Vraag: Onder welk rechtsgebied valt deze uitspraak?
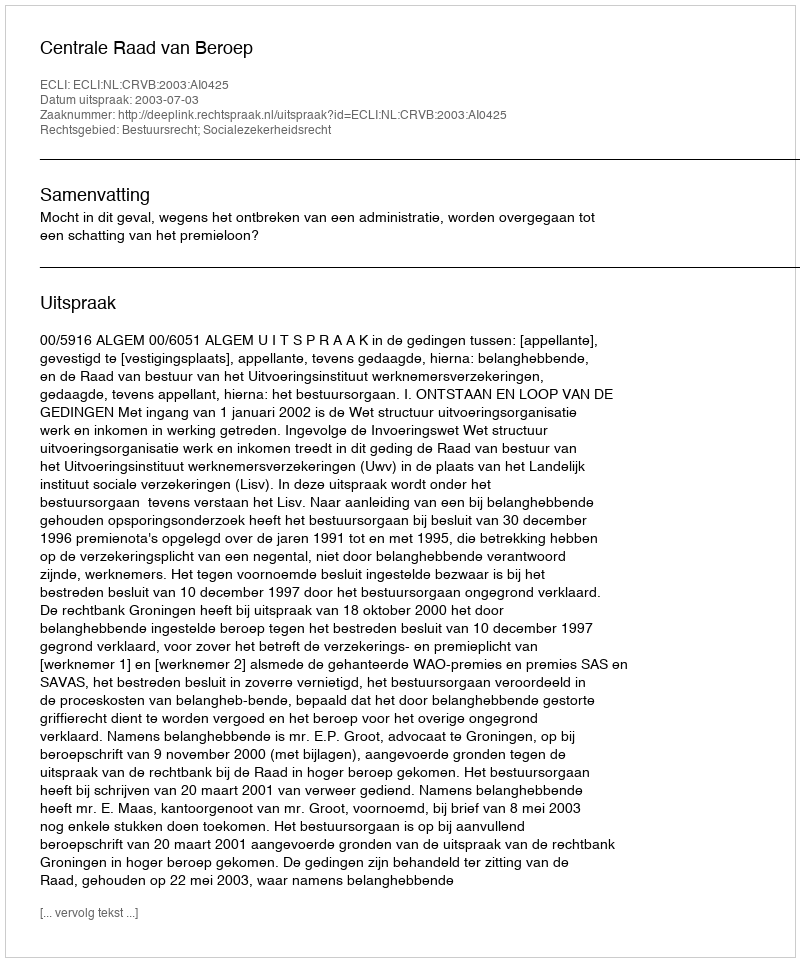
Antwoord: Bestuursrecht; Socialezekerheidsrecht